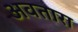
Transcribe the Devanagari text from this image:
अवतारा